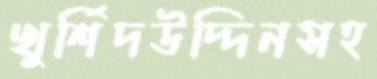
খুর্শিদউদ্দিনসহ